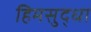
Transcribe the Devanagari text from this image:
हिमसुद्धा